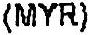
(MYR)